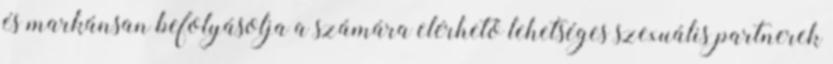
és markánsan befolyásolja a számára elérhető lehetséges szexuális partnerek